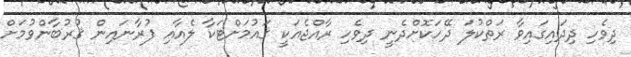
ދިވެހި ދިދައިގައިވާ ރަތްކުލަ ދޭހަކޮށްދެނީ ދިވެހި ރާއްޖެއަކީ ޤައުމަށްޓަކާ ލެއާއި ފުރާނައިން ޤުރުބާންވުމަށް